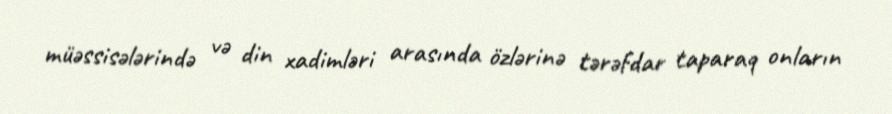
müəssisələrində və din xadimləri arasında özlərinə tərəfdar taparaq onların